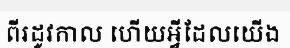
ពីរដូវកាល ហើយអ្វីដែលយើង